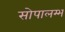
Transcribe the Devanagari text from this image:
सोपालम्भ